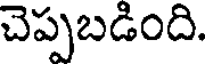
చెప్పబడింది.